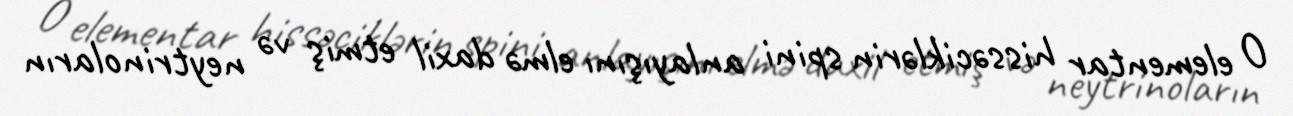
O elementar hissəciklərin spini anlayışını elmə daxil etmiş və neytrinoların